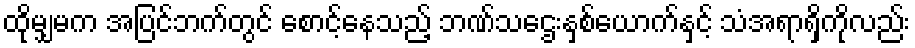
ထိုမျှမက အပြင်ဘက်တွင် စောင့်နေသည့် ဘဏ်သဌေးနှစ်ယောက်နှင့် သံအရာရှိကိုလည်း